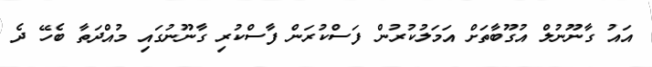
އައު ގާނޫނުލް އުގޫބާތަށް އަމަލުކުރުން ފަސްކުރަން ފާސްކުރި ގާނޫނުގައި މުއްދަތާ ބެހޭ ދެ